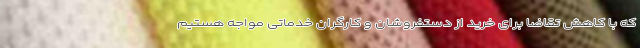
که با کاهش تقاضا برای خرید از دستفروشان و کارگران خدماتی مواجه هستیم